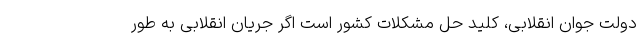
دولت جوان انقلابی، کلید حل مشکلات کشور است اگر جریان انقلابی به طور